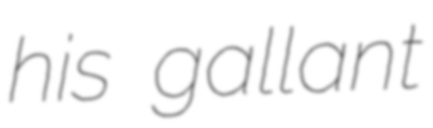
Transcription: his gallant